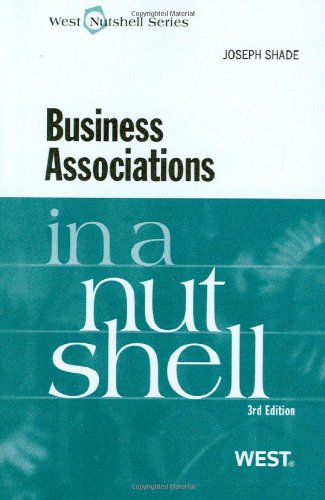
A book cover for Business Associations in a Nutshell; Joseph Shade; Law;